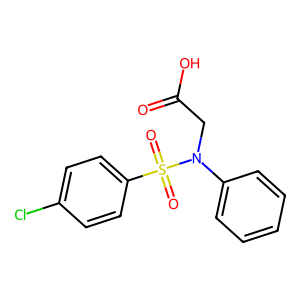
SMILES: O=C(O)CN(c1ccccc1)S(=O)(=O)c1ccc(Cl)cc1
Inhibits HIV replication: No